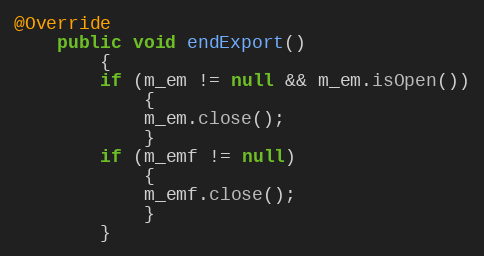
Language: Java
@Override
    public void endExport()
        {
        if (m_em != null && m_em.isOpen())
            {
            m_em.close();
            }
        if (m_emf != null)
            {
            m_emf.close();
            }
        }